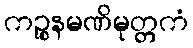
ကဉ္စနမဏိမုတ္တကံ